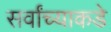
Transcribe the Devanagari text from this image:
सर्वांच्याकडे